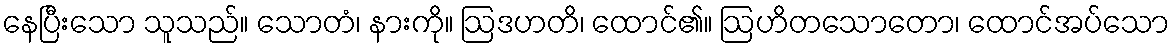
နေပြီးသော သူသည်။ သောတံ၊ နားကို။ ဩဒဟတိ၊ ထောင်၏။ ဩဟိတသောတော၊ ထောင်အပ်သော